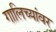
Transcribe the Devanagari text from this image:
गालिच्यांवर